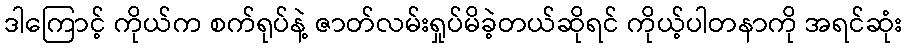
ဒါကြောင့် ကိုယ်က စက်ရုပ်နဲ့ ဇာတ်လမ်းရှုပ်မိခဲ့တယ်ဆိုရင် ကိုယ့်ပါတနာကို အရင်ဆုံး